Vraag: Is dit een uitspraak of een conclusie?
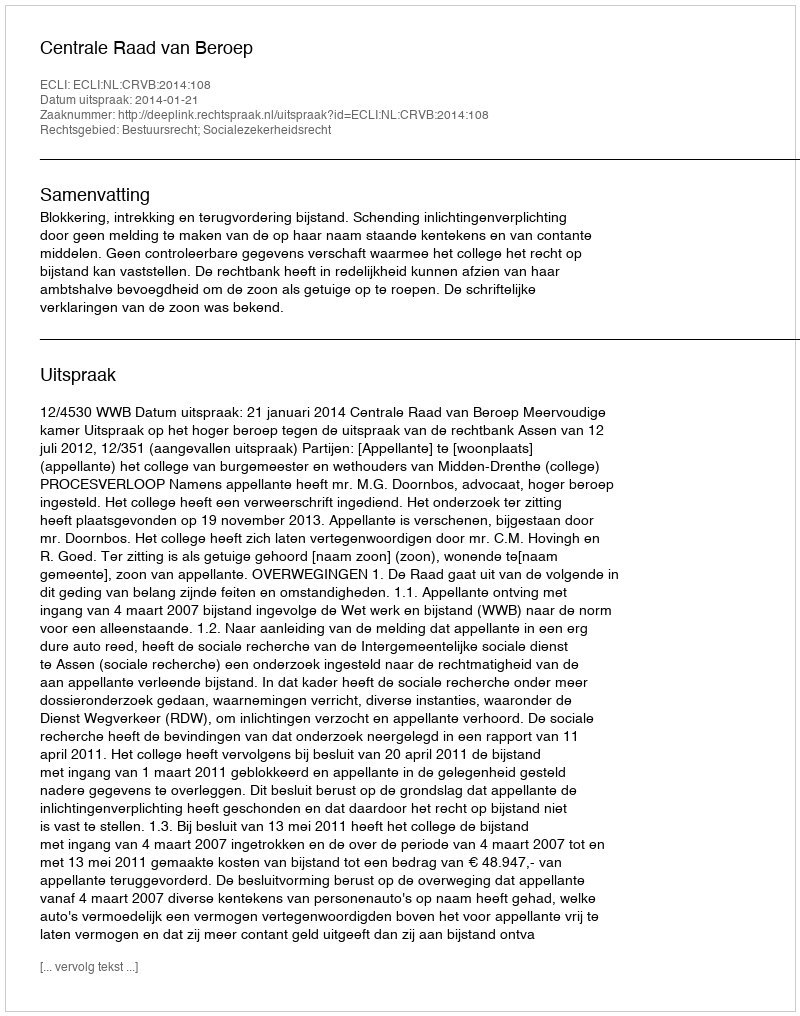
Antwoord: Uitspraak